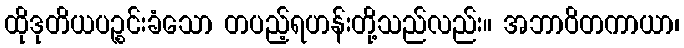
ထိုဒုတိယပဉ္စင်းခံသော တပည့်ရဟန်းတို့သည်လည်း။ အဘာဝိတကာယာ၊